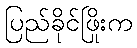
ပြည်ခိုင်ဖြိုးက